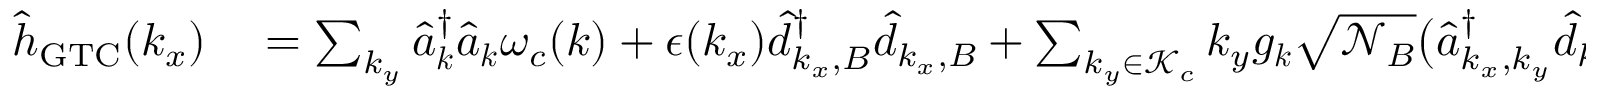
\begin{array} { r l } { { \hat { h } } _ { \mathrm { G T C } } ( k _ { x } ) } & { { } = \sum _ { { k _ { y } } } \hat { a } _ { \boldsymbol k } ^ { \dagger } \hat { a } _ { \boldsymbol k } \omega _ { c } ( { \boldsymbol k } ) + \epsilon ( k _ { x } ) \hat { d } _ { k _ { x } , B } ^ { \dagger } \hat { d } _ { k _ { x } , B } + \sum _ { k _ { y } \in \mathcal { K } _ { c } } k _ { y } { g _ { \boldsymbol k } } \sqrt { \mathcal { N } _ { B } } \big ( \hat { a } _ { k _ { x } , k _ { y } } ^ { \dagger } \hat { d } _ { k _ { x } , B } + \hat { a } _ { { k _ { x } , k _ { y } } } \hat { d } _ { k _ { x } , B } ^ { \dagger } \big ) ~ ~ . } \end{array}